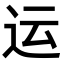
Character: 运